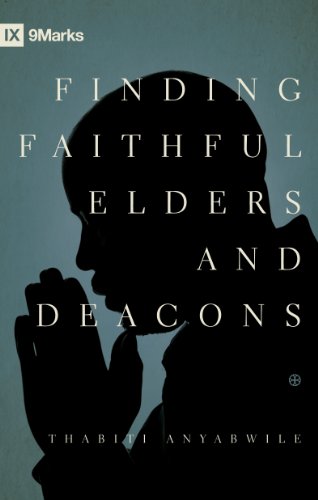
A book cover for Finding Faithful Elders and Deacons (9Marks); Thabiti M. Anyabwile; Christian Books & Bibles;